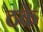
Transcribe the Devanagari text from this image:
ठके